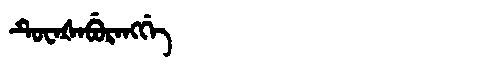
Manchu: ᡨᡠᠸᠠᡧᠠᠪᡠᡵᠠᠩᡤᡝ
Romanization: TUWAŠABURANGGE